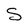
Character: S